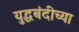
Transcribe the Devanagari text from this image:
युद्धबंदीच्या